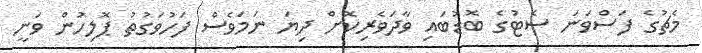
މެޗުގެ ފަސްވަނަ ސެޓުގެ ބޮޑުބައި ވާދަވެރިކޮށް ދިޔަ ނަމަވެސް ފަހުވަގުތު ޕޮލިހުން ވަނީ